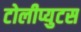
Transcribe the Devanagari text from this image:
टोलीप्युटस